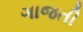
ગાજતી